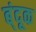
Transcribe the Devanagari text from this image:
ब्ंदूक